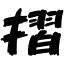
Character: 摺